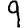
Digit: 9